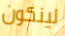
لينكون